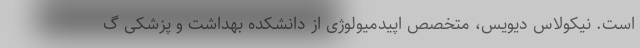
است. نیکولاس دیویس، متخصص اپیدمیولوژی از دانشکده بهداشت و پزشکی گ